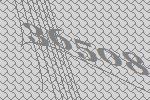
36508